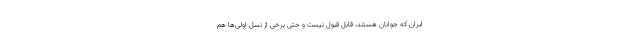
ایران که جوانان هستند، قابل قبول نیست و حتی برخی از نسل اولی‌ها هم